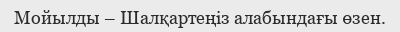
Мойылды – Шалқартеңіз алабындағы өзен.